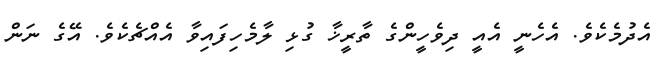
އެދުމެކެވެ. އެހެނީ އެއީ ދިވެހީންގެ ތާރީޚާ ގުޅި ލާމެހިފައިވާ އެއްޗެކެވެ. އޭގެ ނަން